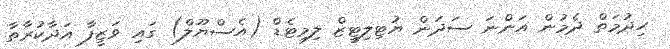
ހިދުމަތް ދެމުން އަންނަ ސަދަން ޔުޓިލިޓީޒް ލިމިޓެޑް (އެސްޔޫލް) ގައި ވަޒީފާ އަދާކުރާތާ